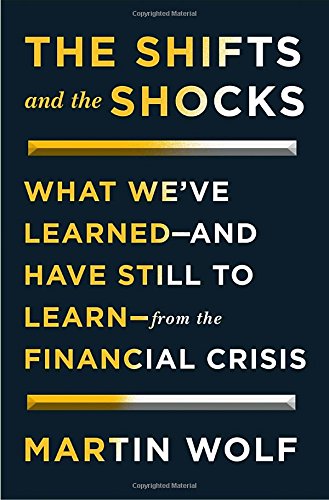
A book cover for The Shifts and the Shocks: What WeEEve Learned-and Have Still to Learn-from the Financial Crisis; Martin Wolf; Business & Money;